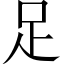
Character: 足